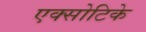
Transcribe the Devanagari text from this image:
एक्सोटिके